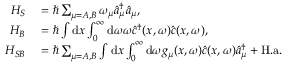
\begin{array} { r l } { H _ { S } } & { { } = \hbar \sum _ { \mu = A , B } \omega _ { \mu } \hat { a } _ { \mu } ^ { \dagger } \hat { a } _ { \mu } , } \\ { H _ { B } } & { { } = \hbar \int \mathrm { d } x \int _ { 0 } ^ { \infty } \mathrm { d } \omega \omega \hat { c } ^ { \dagger } ( x , \omega ) \hat { c } ( x , \omega ) , } \\ { H _ { S B } } & { { } = \hbar \sum _ { \mu = A , B } \int \mathrm { d } x \int _ { 0 } ^ { \infty } \mathrm { d } \omega g _ { \mu } ( x , \omega ) \hat { c } ( x , \omega ) \hat { a } _ { \mu } ^ { \dagger } + \mathrm { H . a . } } \end{array}